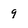
Character: 9